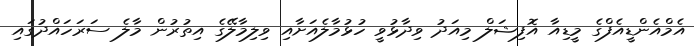
އެމްއެންޑީއެފްގެ މީޑިއާ އޮފިޝަލް މިއަދު ވިދާޅުވީ ހުޅުމާލެއަށާއި ވިލިމާލޭގެ އިތުރުން މާލެ ސަރަހައްދުގައި